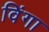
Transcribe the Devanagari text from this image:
विंगा